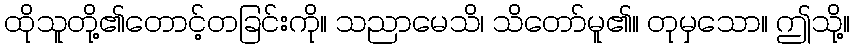
ထိုသူတို့၏တောင့်တခြင်းကို။ သညာမေသိ၊ သိတော်မူ၏။ တုမှသော။ ဤသို့။